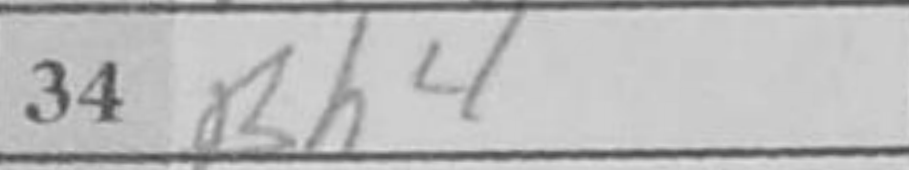
Transcription: Bh4